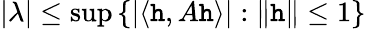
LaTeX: |\lambda|\leq\operatorname*{sup}\left\{ |\langle\mathtt{h},A\mathtt{h}\rangle|:\| \mathtt{h}\| \leq1\right\}